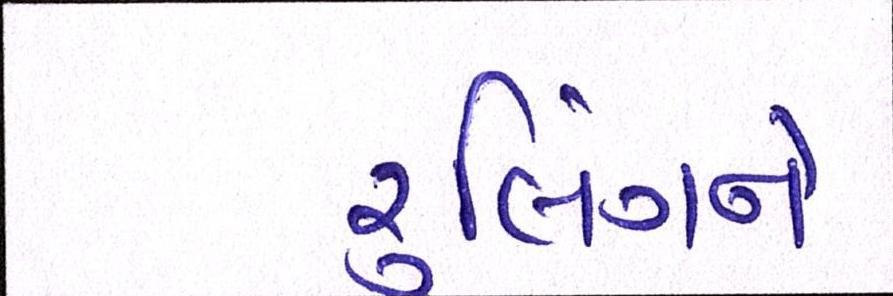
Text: રૃલિંગને